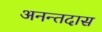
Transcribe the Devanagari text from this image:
अनन्तदास